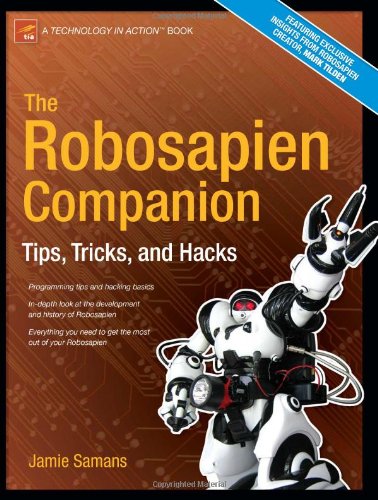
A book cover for The Robosapien Companion: Tips, Tricks, and Hacks (Technology in Action); James Samans; Computers & Technology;